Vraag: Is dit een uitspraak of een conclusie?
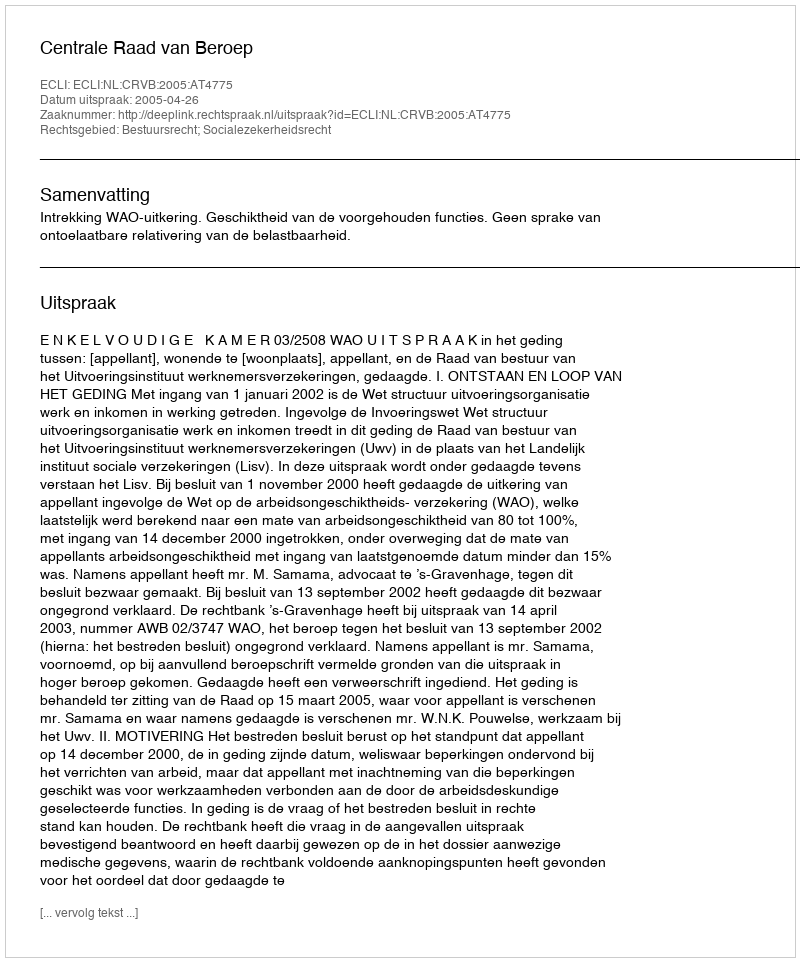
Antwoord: Uitspraak